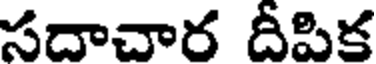
సదాచార దీపిక